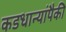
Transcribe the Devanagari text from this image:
कडधान्यांपैकी